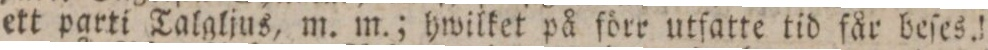
ett parti Talgljus, m. m.; hwilket på förr utfatte tid får deſes.